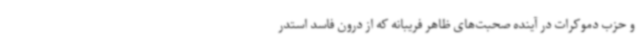
و حزب دموکرات در آینده صحبت‌های ظاهر فریبانه که از درون فاسد استدر